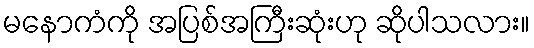
မနောကံကို အပြစ်အကြီးဆုံးဟု ဆိုပါသလား။